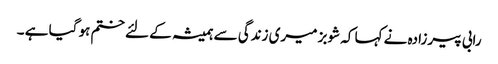
رابی پیرزادہ نے کہا کہ شوبز میری زندگی سے ہمیشہ کے لئے ختم ہو گیا ہے ۔